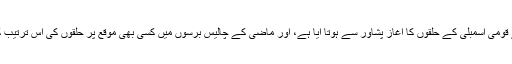
اس حوالے سے سیاسی حلقوں کا کہنا ہے کہ 1970ء سے قومی اسمبلی کے حلقوں کا آغاز پشاور سے ہوتا آیا ہے، اور ماضی کے چالیس برسوں میں کسی بھی موقع پر حلقوں کی اس ترتیب کو کسی نے بھی چھیڑنے کی ضرورت محسوس نہیں کی۔